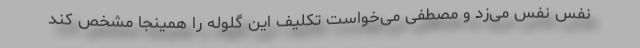
نفس نفس می‌زد و مصطفی می‌خواست تکلیف این گلوله را همینجا مشخص کند